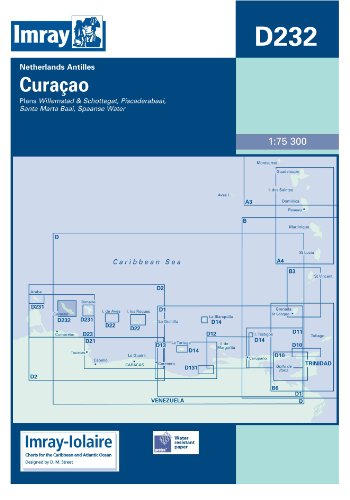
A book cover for Imray Iolaire Chart D232 2006: Curacao; Travel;